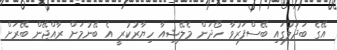
އޭގެ ބަދަލުގައި ބޭސްފަރުވާ ހޯދަން މެލޭޝިއާ ހިޔާރުކުރީ އެ ބޭނުމަށް ރާއްޖޭން ބޭރަށް